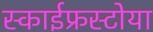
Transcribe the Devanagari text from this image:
स्काईफ्रस्टोया